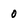
Character: 0